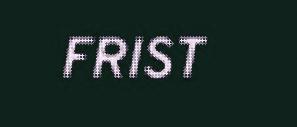
FRIST